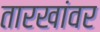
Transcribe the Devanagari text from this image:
तारखांवर